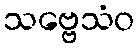
သဗ္ဗေသံဝ